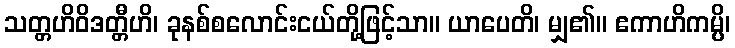
သတ္တဟိဝိဒတ္တီဟိ၊ ခုနစ်စလောင်းငယ်တို့ဖြင့်သာ။ ယာပေတိ၊ မျှ၏။ ဧကာဟိကမ္ပိ၊